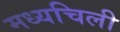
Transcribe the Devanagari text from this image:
मध्यचिली